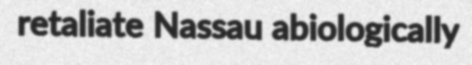
retaliate Nassau abiologically